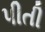
પીતી